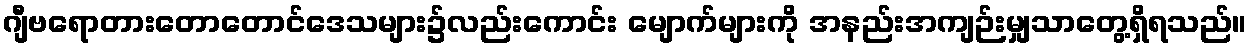
ဂျီဗရောတားတောတောင်ဒေသများ၌လည်းကောင်း မျောက်များကို အနည်းအကျဉ်းမျှသာတွေ့ရှိရသည်။